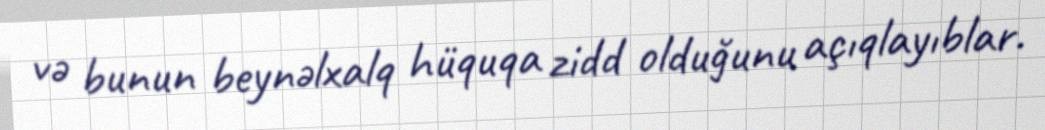
və bunun beynəlxalq hüquqa zidd olduğunu açıqlayıblar.